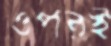
ওপরই